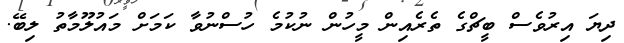
ދިޔަ އިރުވެސް ބީޗްގެ ތެރެއިން މީހުން ނުކުމެ ހުސްނުވާ ކަމަށް މައުލޫމާތު ލިބޭ.